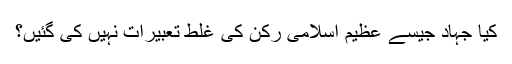
کیا جہاد جیسے عظیم اسلامی رکن کی غلط تعبیرات نہیں کی گئیں؟